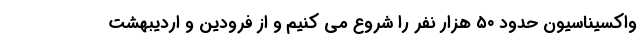
واکسیناسیون حدود ۵۰ هزار نفر را شروع می کنیم و از فرودین و اردیبهشت